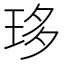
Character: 𤥀